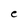
Character: e